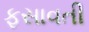
ફસાવતી